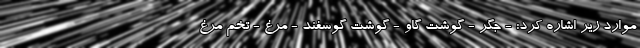
موارد زیر اشاره کرد: - جگر - گوشت گاو - گوشت گوسفند - مرغ - تخم مرغ